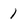
Character: 1